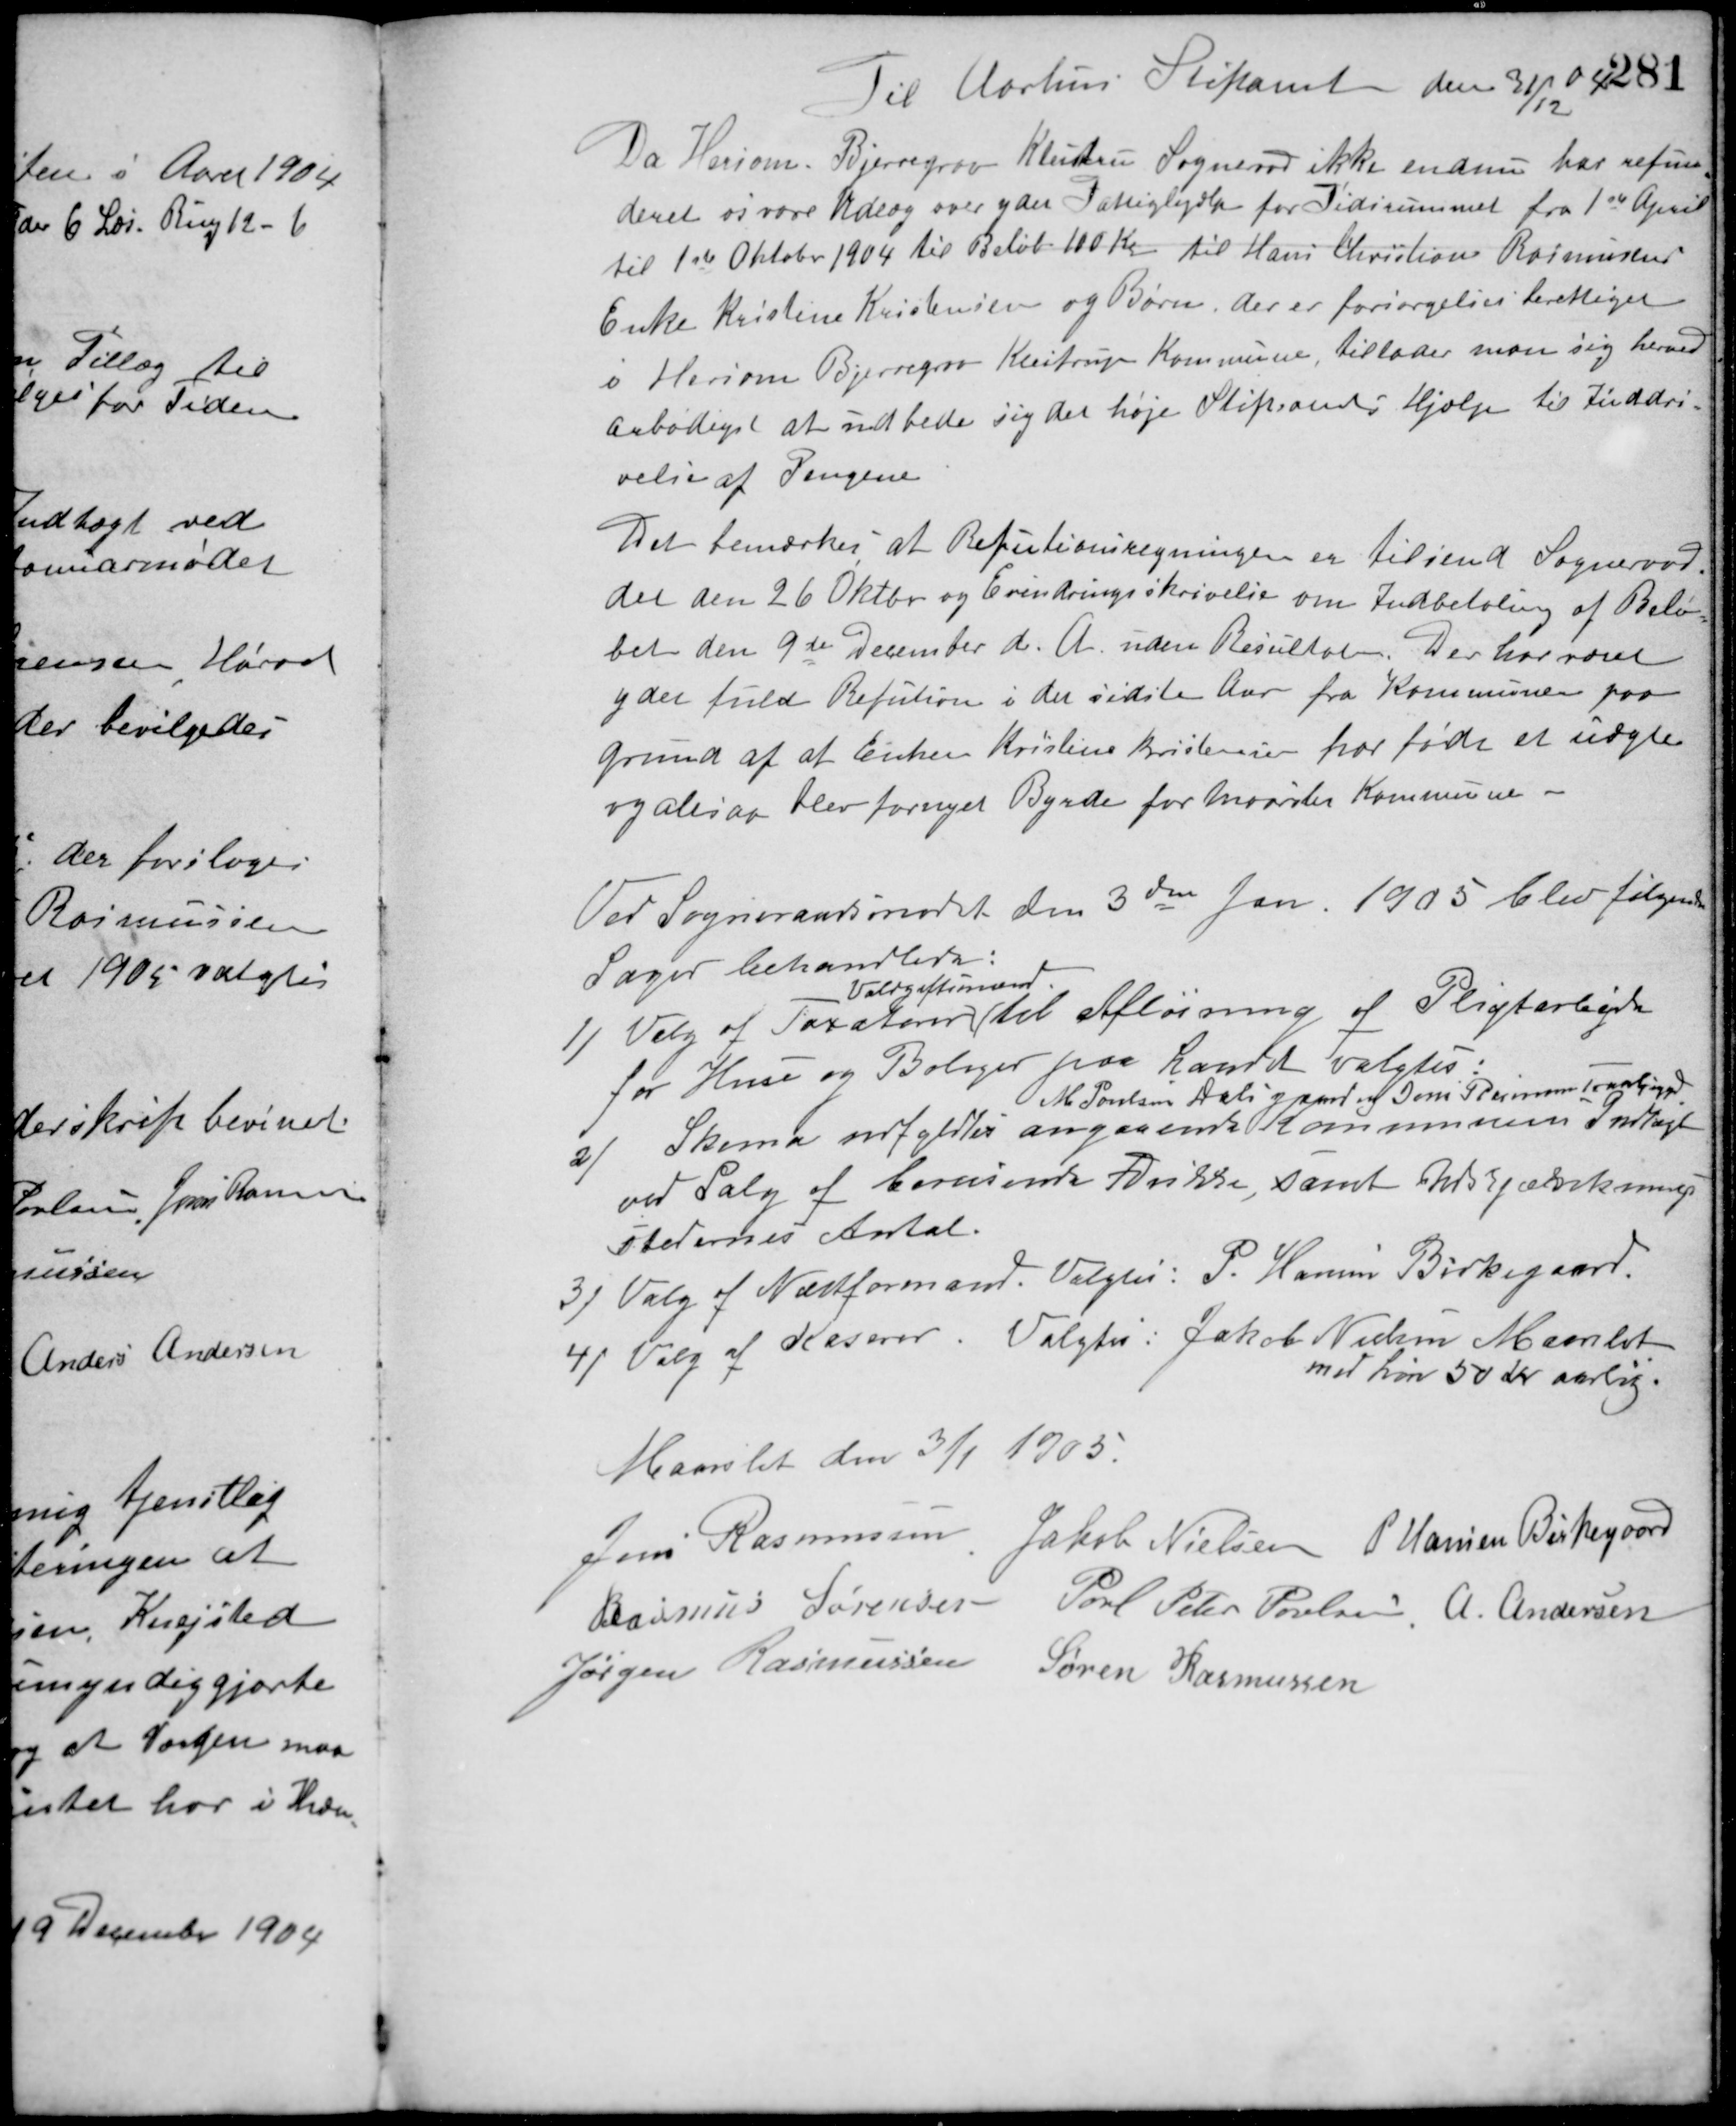
Transskription:
Til Aarhus Stiftamt den 31/12 04
Da Hersom - Bjerregrav Kleitrup Sogneraad ikke endnu har refun-
deret os vore Udlæg over ydet Fattighjælp for Tidsrummet fra 1ste April
til 1ste Oktober 1904 til Beløb 100 Kr. til Hans Christian Rasmussens
Enke Kristine Kristensen og Børn, der er forsørgelsesberettiget
i Hersom Bjerregrav Kleitrup Kommune, tillader man sig herved
ærbødigst at udbede sig det høje Stiftsamts Hjælp til Inddri-
velse af Pengene.
Det bemærkes at Refutionsregningen er tilsend Sogneraa-
det den 26 Oktber og Erindringsskrivelse om Indbetaling af Belø-
bet den 9de December d. A. uden Resultat. Der har været
ydet fuld Refution i det sidste Aar fra Kommunen paa
Grund af at Enken Kristine Kristensen har født et uægte
og altsaa blev fornyet Byrde for Maarslet Kommune.
Ved Sogneraadsmødet den 3die Jan. 1905 blev følgende
Sager behandlede:
1) Valg af Taxatorer
Voldgiftsmænd
til Afløsning af Pligtarbejde
for Huse og Boliger paa Landet valgtes:
M. Poulsen Dalsgaard og Jens Rasmussen Tranbjerggaard
2) Skema udfyldtes angaaende Kommunens Indtægt
ved Salg af berusende Drikke, samt Udskjænknings-
stedernes Antal.
3) Valg af Næstformand. Valgtes: P. Hansen Birkegaard.
4) Valg af Kaserer. Valgtes: Jakob Nielsen Maarslet
med Løn 50 Kr. aarlig.
Maarslet den 3/1 1905.
Jens Rasmussen Jakob Nielsen P. Hansen Birkegaard
Rasmus Sørensen Poul Peter Poulsen A. Andersen
Jørgen Rasmussen Søren Rasmussen